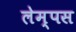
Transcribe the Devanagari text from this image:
लेम्पस